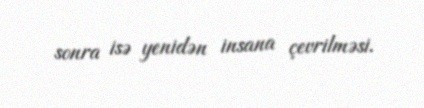
sonra isə yenidən insana çevrilməsi.